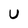
Character: U